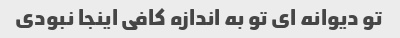
تو دیوانه ای تو به اندازه کافی اینجا نبودی